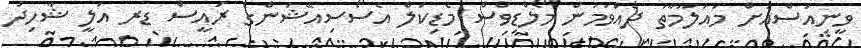
ވީނިއުސްއަށް މައުލޫމާތު ދެއްވަމުން މޯލްޑިވްސް މެޑިކަލް އެސޯސިއޭޝަންގެ ރައީސް ޑރ އަލީ ޝާހިދު